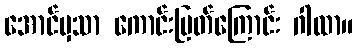
အောင်မှသာ ကောင်းမြတ်ကြောင်း ဂါထာ။